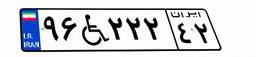
۸۶W۰۱۱۶۳